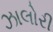
ઝાલોરી